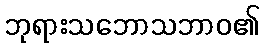
ဘုရားသဘောသဘာဝ၏